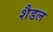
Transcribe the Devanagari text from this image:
शैडल